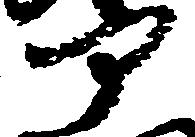
部